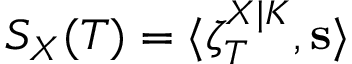
S _ { X } ( T ) = \langle \zeta _ { T } ^ { X | K } , \mathbf { s } \rangle